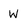
Character: w